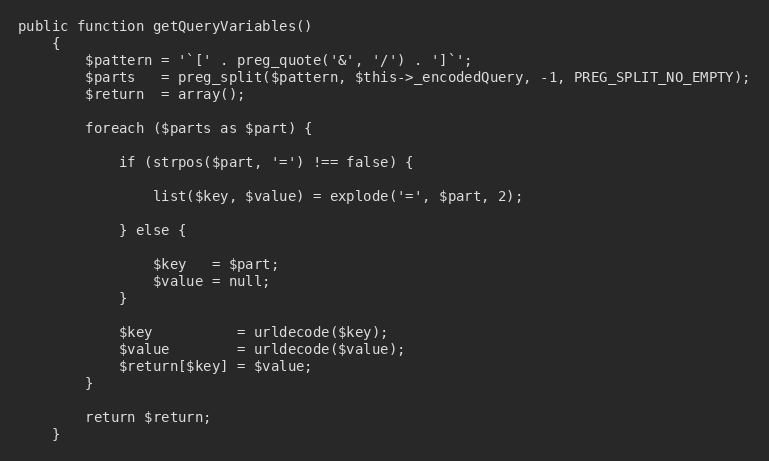
Language: PHP
public function getQueryVariables()
    {
        $pattern = '`[' . preg_quote('&', '/') . ']`';
        $parts   = preg_split($pattern, $this->_encodedQuery, -1, PREG_SPLIT_NO_EMPTY);
        $return  = array();

        foreach ($parts as $part) {

            if (strpos($part, '=') !== false) {

                list($key, $value) = explode('=', $part, 2);

            } else {

                $key   = $part;
                $value = null;
            }

            $key          = urldecode($key);
            $value        = urldecode($value);
            $return[$key] = $value;
        }

        return $return;
    }